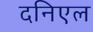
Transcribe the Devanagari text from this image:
दनिएल